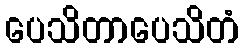
ပေသိတာပေသိတံ